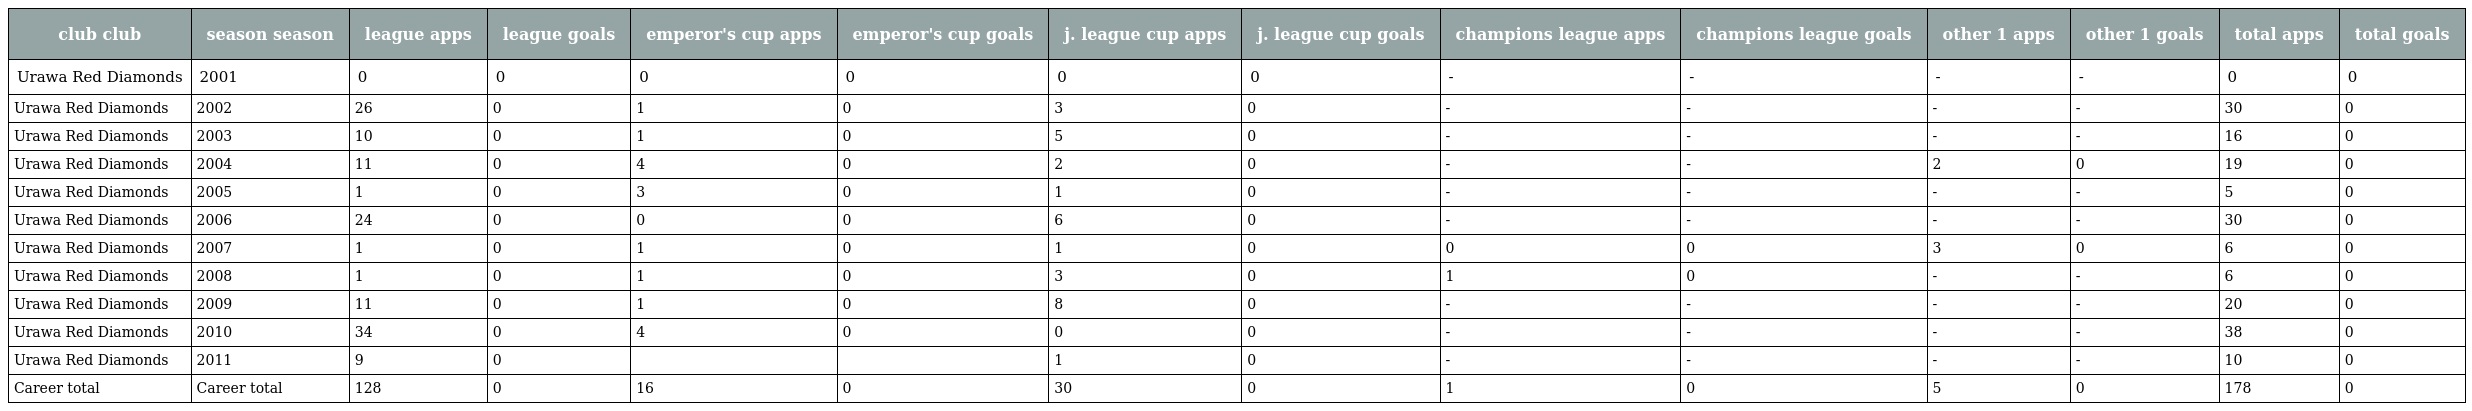
| club club | season season | league apps | league goals | emperor's cup apps | emperor's cup goals | j. league cup apps | j. league cup goals | champions league apps | champions league goals | other 1 apps | other 1 goals | total apps | total goals |
 | --- | --- | --- | --- | --- | --- | --- | --- | --- | --- | --- | --- | --- | --- |
 | Urawa Red Diamonds | 2001 | 0 | 0 | 0 | 0 | 0 | 0 | - | - | - | - | 0 | 0 |
 | Urawa Red Diamonds | 2002 | 26 | 0 | 1 | 0 | 3 | 0 | - | - | - | - | 30 | 0 |
 | Urawa Red Diamonds | 2003 | 10 | 0 | 1 | 0 | 5 | 0 | - | - | - | - | 16 | 0 |
 | Urawa Red Diamonds | 2004 | 11 | 0 | 4 | 0 | 2 | 0 | - | - | 2 | 0 | 19 | 0 |
 | Urawa Red Diamonds | 2005 | 1 | 0 | 3 | 0 | 1 | 0 | - | - | - | - | 5 | 0 |
 | Urawa Red Diamonds | 2006 | 24 | 0 | 0 | 0 | 6 | 0 | - | - | - | - | 30 | 0 |
 | Urawa Red Diamonds | 2007 | 1 | 0 | 1 | 0 | 1 | 0 | 0 | 0 | 3 | 0 | 6 | 0 |
 | Urawa Red Diamonds | 2008 | 1 | 0 | 1 | 0 | 3 | 0 | 1 | 0 | - | - | 6 | 0 |
 | Urawa Red Diamonds | 2009 | 11 | 0 | 1 | 0 | 8 | 0 | - | - | - | - | 20 | 0 |
 | Urawa Red Diamonds | 2010 | 34 | 0 | 4 | 0 | 0 | 0 | - | - | - | - | 38 | 0 |
 | Urawa Red Diamonds | 2011 | 9 | 0 |  |  | 1 | 0 | - | - | - | - | 10 | 0 |
 | Career total | Career total | 128 | 0 | 16 | 0 | 30 | 0 | 1 | 0 | 5 | 0 | 178 | 0 |